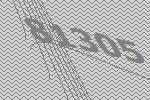
81305